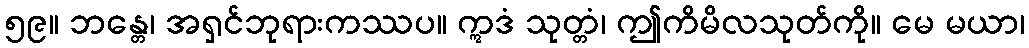
၅၉။ ဘန္တေ၊ အရှင်ဘုရားကဿပ။ ဣဒံ သုတ္တံ၊ ဤကိမိလသုတ်ကို။ မေ မယာ၊